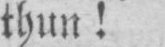
thun!